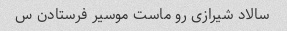
سالاد شیرازی رو ماست موسیر فرستادن س